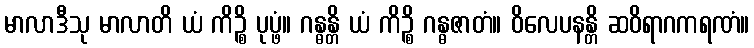
မာလာဒီသု မာလာတိ ယံ ကိဉ္စိ ပုပ္ဖံ။ ဂန္ဓန္တိ ယံ ကိဉ္စိ ဂန္ဓဇာတံ။ ဝိလေပနန္တိ ဆဝိရာဂကရဏံ။